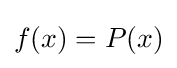
f(x)=P(x)